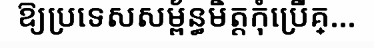
ឱ្យប្រទេសសម្ព័ន្ធមិត្តកុំប្រើគ្...